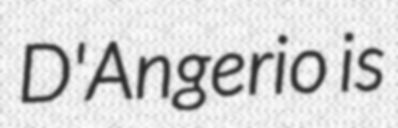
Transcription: D'Angerio is